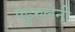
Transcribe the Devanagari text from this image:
एढुरुलेनी